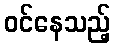
ဝင်နေသည့်